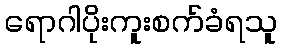
ရောဂါပိုးကူးစက်ခံရသူ